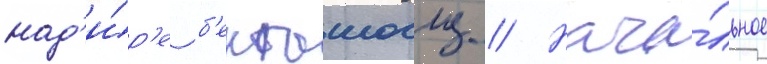
над'и́р'е б'екташоглу // Нача́льное